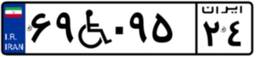
۳۴W۹۱۳۶۹